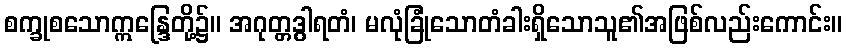
စက္ခုစသောဣန္ဒြေတို့၌။ အဂုတ္တဒွါရတံ၊ မလုံခြုံသောတံခါးရှိသောသူ၏အဖြစ်လည်းကောင်း။